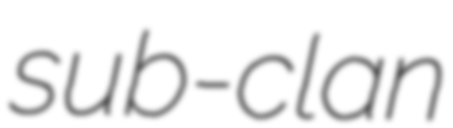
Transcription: sub-clan